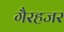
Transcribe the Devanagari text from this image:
गैरहजर